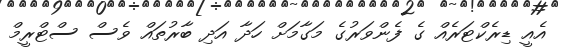
އެއީ ޑިރެކްޓަރެއް ގެ ފެންވަރުގެ މަގާމަށް ހަދާ އަދި ބާރުތައް ވެސް ސްޓްރީމް